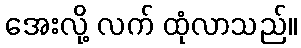
အေးလို့ လက် ထုံလာသည်။